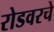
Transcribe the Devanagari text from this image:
रोडवरचे